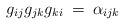
LaTeX: \begin{align*}g_{i j} g_{j k} g_{k i}\: = \: \alpha_{i j k}\end{align*}